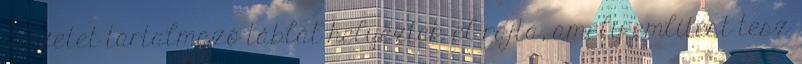
idézetet tartalmazó táblát helyeztek el rajta, amely említést tesz